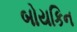
બોયકિન